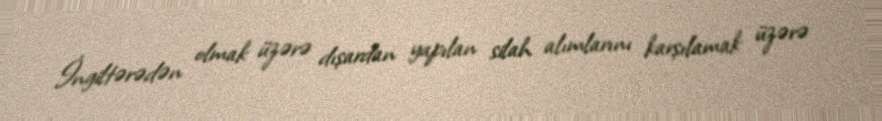
İngiltərədən olmak üzərə dışardan yapılan silah alımlarını karşılamak üzərə